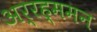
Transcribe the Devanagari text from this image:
अर्रह्ममन